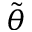
\tilde { \theta }